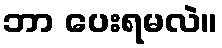
ဘာ ပေးရမလဲ။